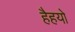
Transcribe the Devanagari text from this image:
हैहयो